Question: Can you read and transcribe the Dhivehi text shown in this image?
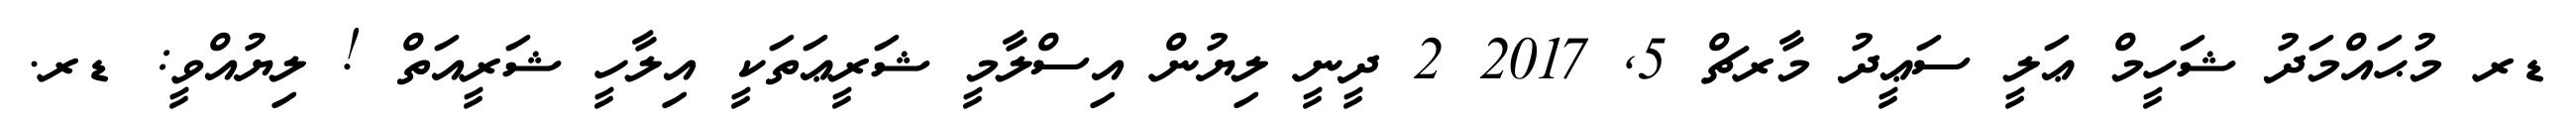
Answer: ޑރ މުޙައްމަދު ޝަހީމް ޢަލީ ސަޢީދު މާރޗް 5, 2017 2 ދީނީ ލިޔުން އިސްލާމީ ޝަރީޢަތަކީ އިލާހީ ޝަރީއަތް ! ލިޔުއްވީ: ޑރ.